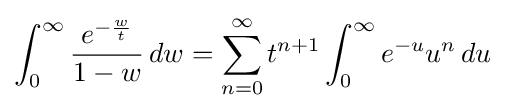
\int _{0}^{\infty }{\frac {e^{-{\frac {w}{t}}}}{1-w}}\,dw=\sum _{n=0}^{\infty }t^{n+1}\int _{0}^{\infty }e^{-u}u^{n}\,du